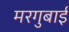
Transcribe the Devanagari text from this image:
मरगुबाई